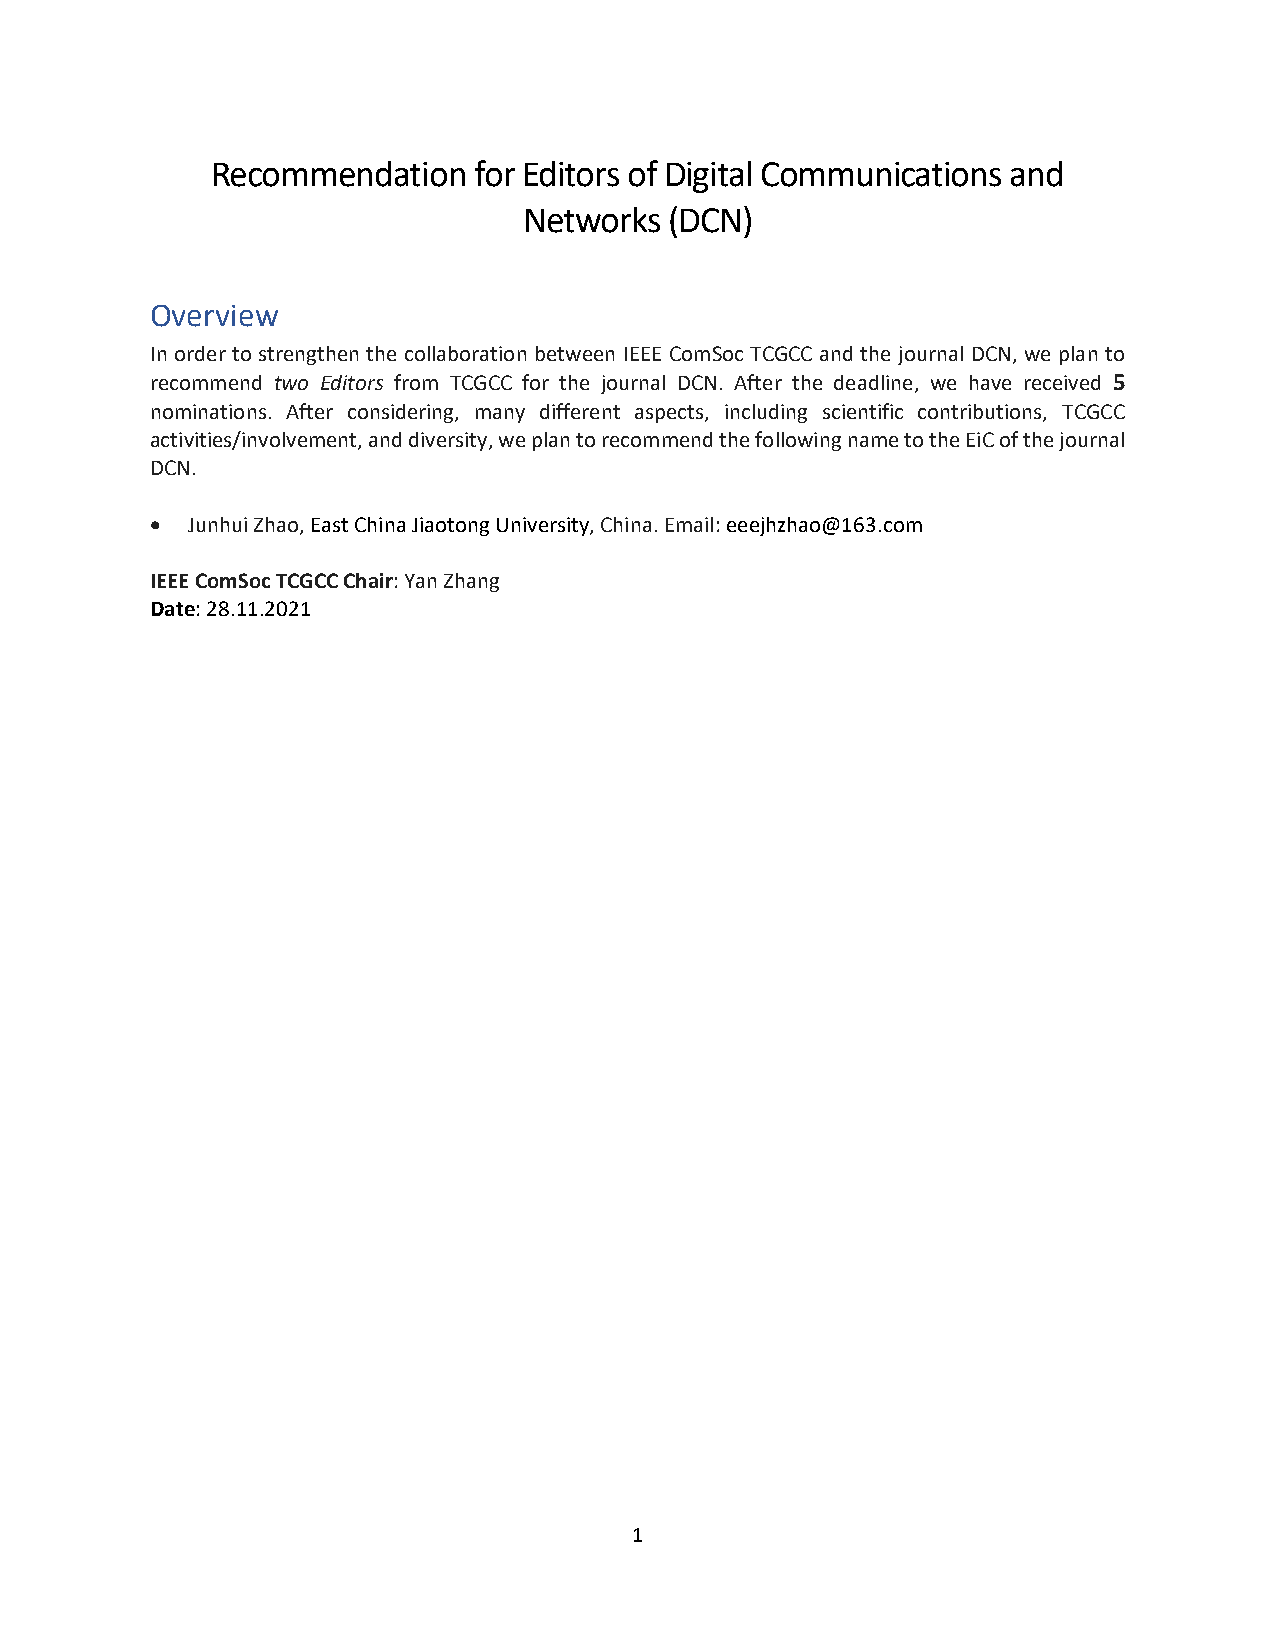
Recommendation   for Editors of Digital Communications and
 Networks (DCN)
 Overview
 In order to strengthen the collaboration between IEEE ComSoc TCGCC and the journal DCN, we plan to
 recommend two Editors from TCGCC for the journal DCN. After the deadline, we have received 5
 nominations. After considering, many different aspects, including scientific contributions, TCGCC
 activities/involvement, and diversity, we plan to recommend the following name to the EiC of the journal
 DCN.
 • Junhui Zhao, East China Jiaotong University, China. Email: eeejhzhao@163.com
 IEEE ComSoc TCGCC Chair: Yan Zhang
 Date: 28.11.2021
 1